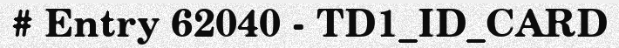
# Entry 62040 - TD1_ID_CARD